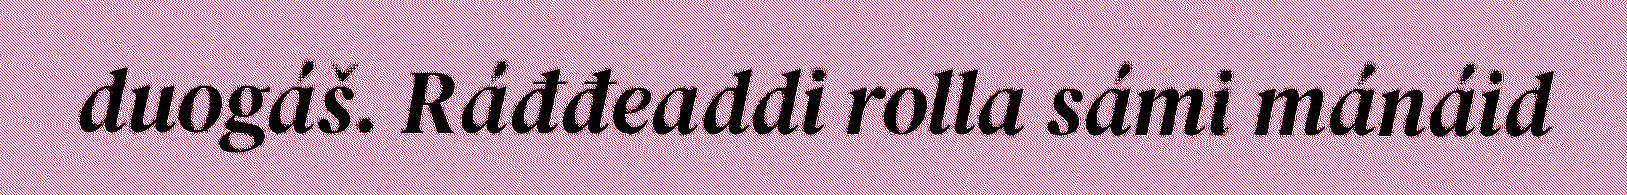
duogáš. Ráđđeaddi rolla sámi mánáid